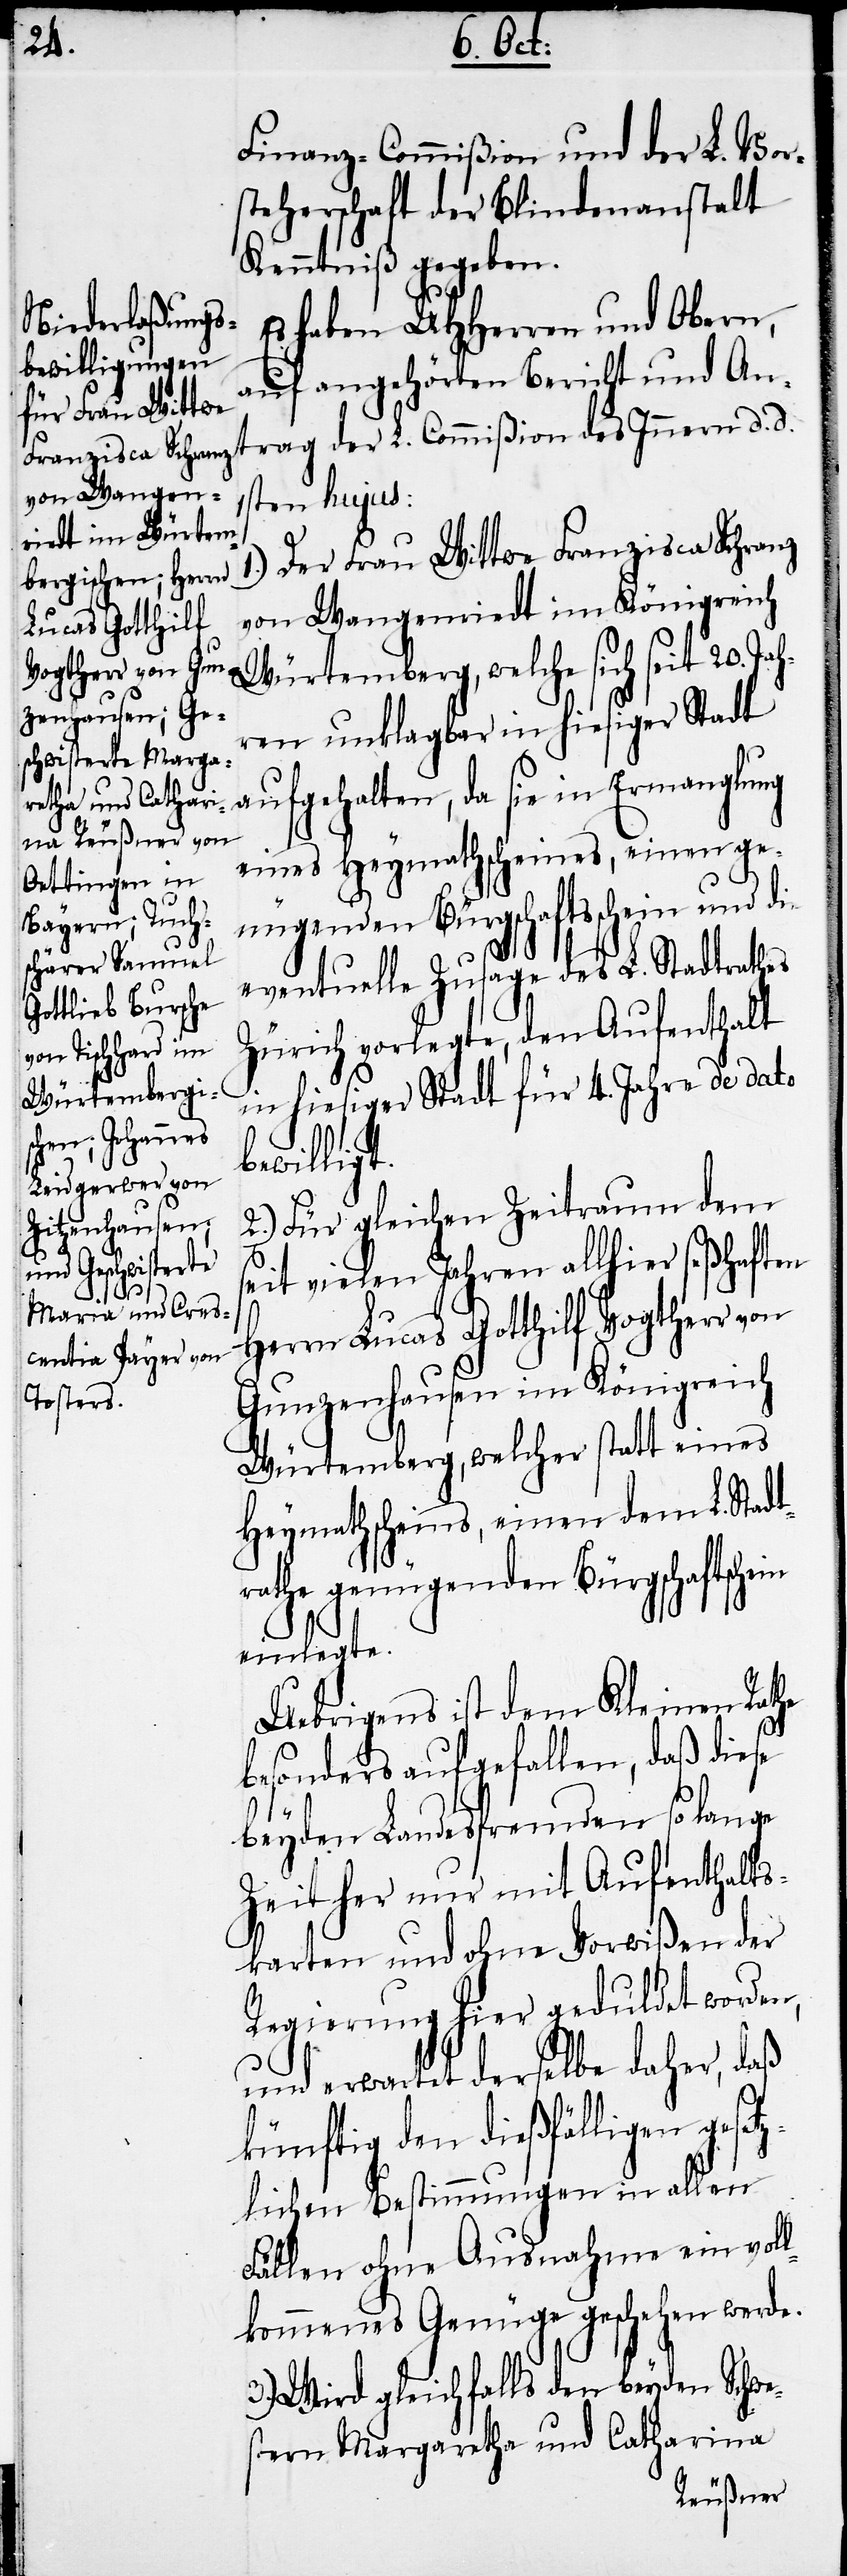
Finanz-Commißion und der L. Vor¬
steherschaft der Blindenanstalt
Kenntniß gegeben.
Es haben UHHerren und Obern,
auf angehörten Bericht und Ant¬
rag der L. Commißion des Innern d. d.
1sten hujus:
Der Frau Wittwe Franzisca Schranz
von Wangenriedt im Königreich
Würtemberg, welche sich seit 20. J¬
ren unklagbar in hiesiger Stadt
aufgehalten, da sie in Ermanglung
eines Heymathscheines, einen ge¬
nügenden Bürgschaftsschein und die
eventuelle Zusage des L. Stadtrathes
Zürich vorlegte, den Aufenthalt
in hiesiger Stadt für 4. Jahre de dato
bewilligt.
2.) Für gleichen Zeitraum dem
s¬
eit vielen Jahren allhier seßhaften
Herrn Lucas Gotthilf Vogtherr von
Gunzenhausen im Königreich
Würtemberg, welcher statt eines
Heymathscheins, einen dem L. Stadt¬
rathe genügenden Bürgschaftsch¬
ein einlegte.
Uebrigens ist dem Kleinen Rathe
besonders aufgefallen, daß diese
beyden Landesfremden so lange
Zeit her nur mit Aufenthalts¬
karten und ohne Vorwißen der
Regierung hier geduldet worden,
und erwartet derselbe daher, daß
künftig den dießfälligen geset¬
zlichen Bestimmungen in allen
Fällen ohne Ausnahme ein vol¬
lkommenes Genüge geschehen werde.
3.) Wird gleichfalls den beyden Schwe¬
stern Margaretha und Catharina